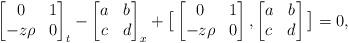
LaTeX: \begin{align*} \begin{bmatrix} 0&1\\-z\rho &0 \end{bmatrix}_t-\begin{bmatrix} a&b\\c&d \end{bmatrix}_x+\big[\begin{bmatrix} 0&1\\-z\rho &0 \end{bmatrix},\begin{bmatrix} a&b\\c&d \end{bmatrix}\big]=0, \end{align*}